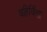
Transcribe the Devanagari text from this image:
वहिर्विवाह